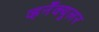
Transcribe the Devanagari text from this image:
व्हर्नॅक्युलर